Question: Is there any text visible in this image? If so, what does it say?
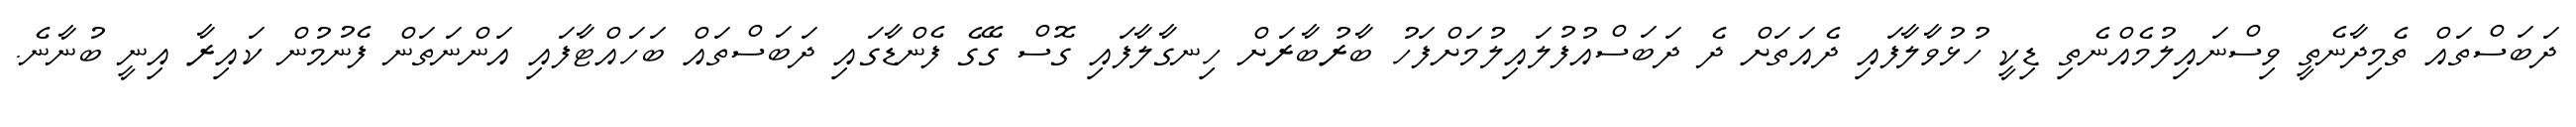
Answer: ދަބަސްތައް ތެމިދާނެތީ ވިސްނައިލުމެއްނެތި ޑިކީ ހުޅުވާލާފައި ދެއަތަށް ދެ ދަބަސްއުފުލައިލުމަށްފަހު ބާރުބާރަށް ހިނގާލާފައި ގޮސް ގޭގެ ފެންޑާގައި ދަބަސްތައް ބަހައްޓާފައި އަންނަތަން ފެނުމުން ކައިރާ އިނީ ބުނާނެ.